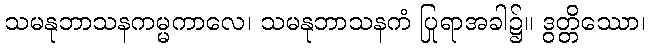
သမနုဘာသနကမ္မကာလေ၊ သမနုဘာသနကံ ပြုရာအခါ၌။ ဒွတ္တိဿော၊